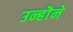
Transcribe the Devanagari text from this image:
उन्होॆने